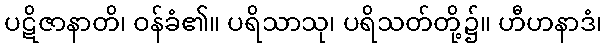
ပဋိဇာနာတိ၊ ဝန်ခံ၏။ ပရိသာသု၊ ပရိသတ်တို့၌။ ဟီဟနာဒံ၊